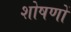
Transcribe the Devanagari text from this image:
शोषणों